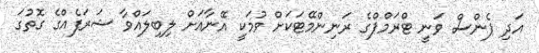
އަދި ޕެންސް ވަނީ ޓްރަމްޕްގެ ރަނިންމޭޓަކަށް ވުމަކީ އޭނާއަށް ލިބިލައްވާ ޝަރަފެއްގެ ގޮތުގަ